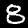
Digit: 8